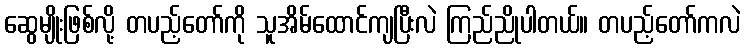
ဆွေမျိုးဖြစ်လို့ တပည့်တော်ကို သူအိမ်ထောင်ကျပြီးလဲ ကြည်ညိုပါတယ်။ တပည့်တော်ကလဲ